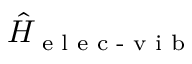
\hat { H } _ { \textrm { e l e c - v i b } }